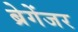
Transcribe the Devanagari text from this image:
ब्रेगेंजर